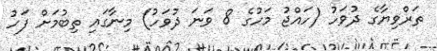
ތަރްވިޔާގެ ދުވަހު (ހައްޖު މަހުގެ 8 ވަނަ ދުވަހު) މިނާގައި ތިބުމަށް ފަހު